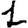
Digit: 1